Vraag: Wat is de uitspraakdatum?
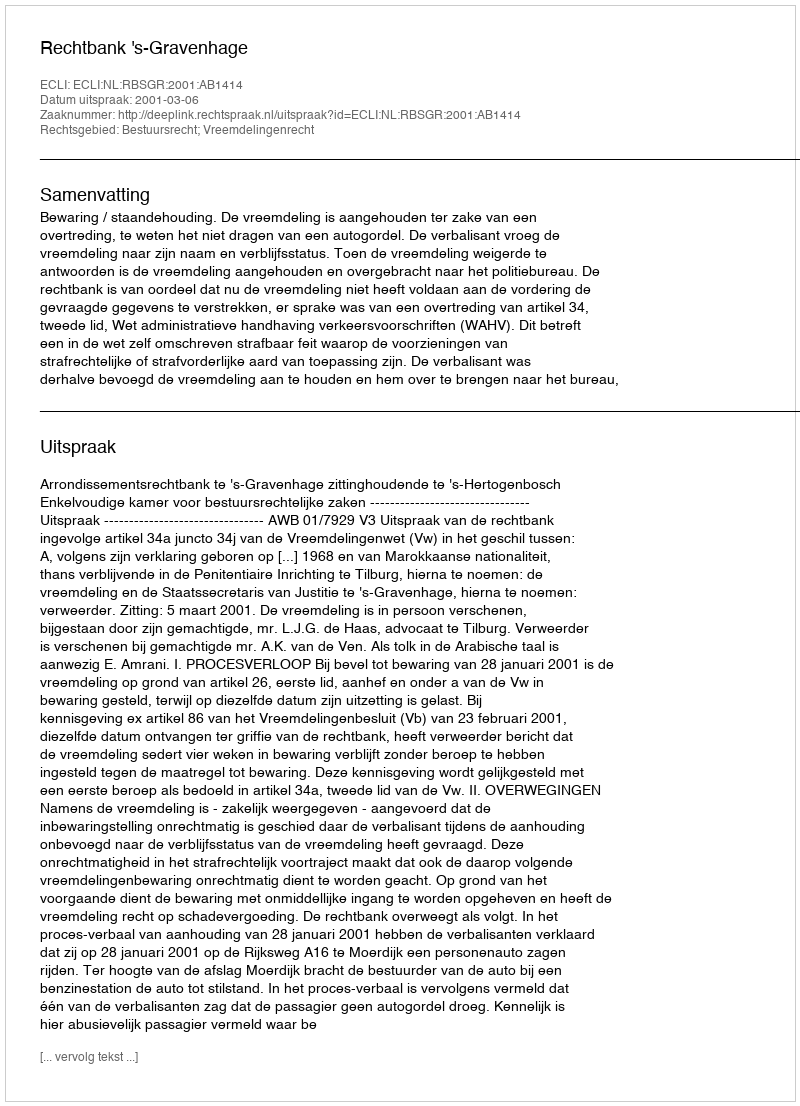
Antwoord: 2001-03-06